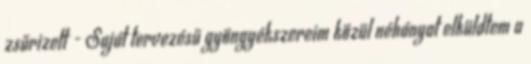
zsűrizett - Saját tervezésű gyöngyékszereim közül néhányat elküldtem a